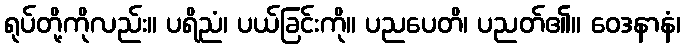
ရုပ်တို့ကိုလည်း။ ပရိညံ၊ ပယ်ခြင်းကို။ ပညပေတိ၊ ပညတ်၏။ ဝေဒနာနံ၊